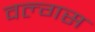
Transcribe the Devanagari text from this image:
वल्गस